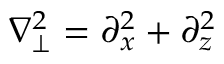
\nabla _ { \perp } ^ { 2 } = \partial _ { x } ^ { 2 } + \partial _ { z } ^ { 2 }